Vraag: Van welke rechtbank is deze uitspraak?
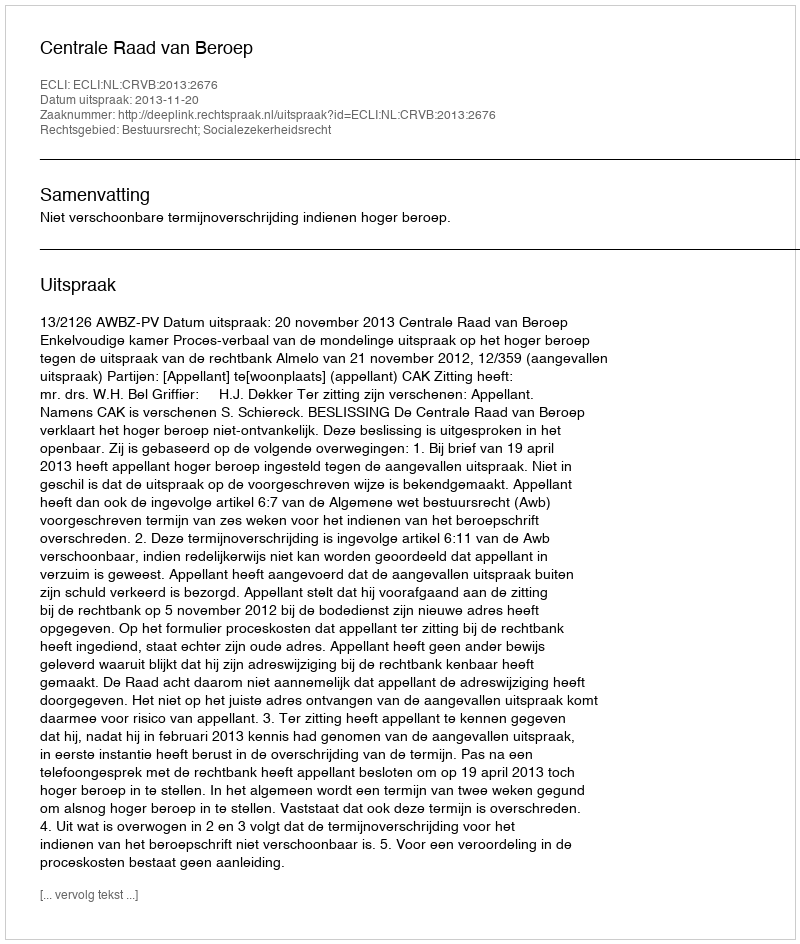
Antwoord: Centrale Raad van Beroep